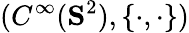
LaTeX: (C^{\infty}(\mathbf{S}^{2}),\{ \cdot,\cdot\} )